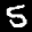
Label: 5